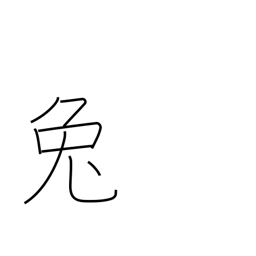
Meaning: hare